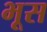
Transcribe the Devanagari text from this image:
भूस